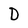
Character: D